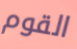
القوم